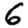
Digit: 6